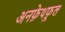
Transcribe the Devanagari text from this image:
अनफ़ेथफ़ुल